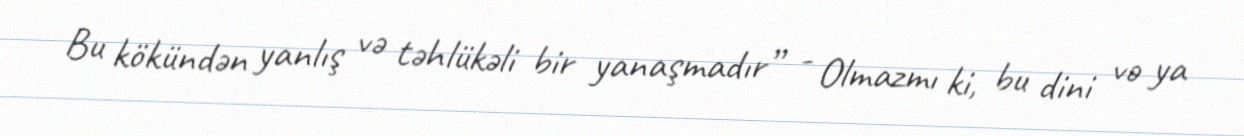
Bu kökündən yanlış və təhlükəli bir yanaşmadır” - Olmazmı ki, bu dini və ya